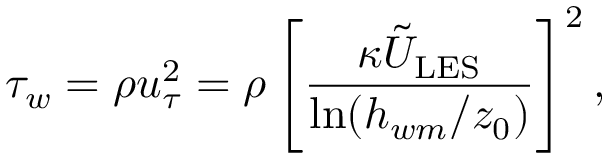
\tau _ { w } = \rho u _ { \tau } ^ { 2 } = \rho \left[ \frac { \kappa \tilde { U } _ { \mathrm { L E S } } } { \ln ( h _ { w m } / z _ { 0 } ) } \right] ^ { 2 } ,